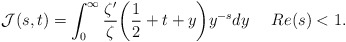
\begin{align*}\mathcal{J}(s,t)=\int_{0}^{\infty}\frac{\zeta'}{\zeta}\biggl(\frac{1}{2}+t+y\biggr)y^{-s}dy\,\,\,\,\,\,\,\, Re(s)<1.\end{align*}